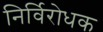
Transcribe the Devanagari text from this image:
निर्विरोधक